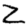
Digit: 2